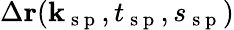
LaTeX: \Delta\textbf{r}(\textbf{k}_{\mathrm{~s~p~}},t_{\mathrm{~s~p~}},s_{\mathrm{~s~p~}})